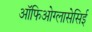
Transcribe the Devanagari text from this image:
ऑफिओग्लासेसिई